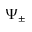
\Psi _ { \pm }